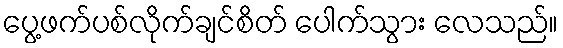
ပွေ့ဖက်ပစ်လိုက်ချင်စိတ် ပေါက်သွား လေသည်။